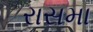
રાસમા